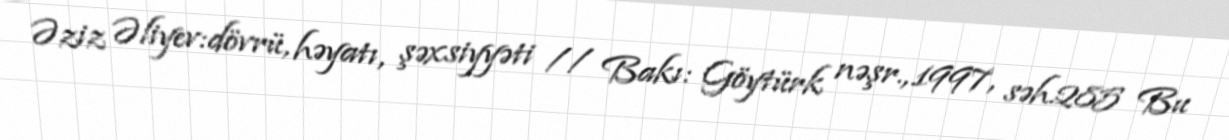
Əziz Əliyev:dövrü, həyatı, şəxsiyyəti // Bakı: Göytürk nəşr., 1997, səh.285 Bu